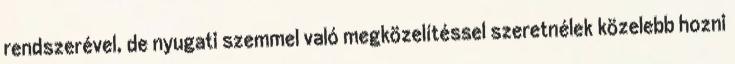
rendszerével, de nyugati szemmel való megközelítéssel szeretnélek közelebb hozni